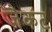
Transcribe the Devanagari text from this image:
जैकट